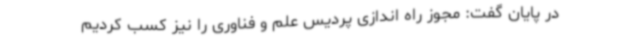
در پایان گفت: مجوز راه اندازی پردیس علم و فناوری را نیز کسب کردیم